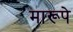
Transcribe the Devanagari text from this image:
मारूपे